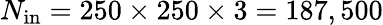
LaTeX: N_{\mathrm{in}}=250\times 250\times 3=187,500